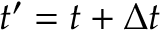
t ^ { \prime } = t + \Delta t